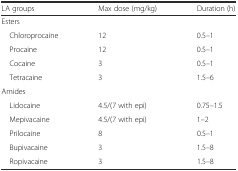
<table><thead><tr><td><b>LA groups</b></td><td><b>Max dose (mg/kg)</b></td><td><b>Duration (h)</b></td></tr></thead><tbody><tr><td colspan="3">Esters</td></tr><tr><td> Chloroprocaine</td><td>12</td><td>0.5–1</td></tr><tr><td> Procaine</td><td>12</td><td>0.5–1</td></tr><tr><td> Cocaine</td><td>3</td><td>0.5–1</td></tr><tr><td> Tetracaine</td><td>3</td><td>1.5–6</td></tr><tr><td colspan="3">Amides</td></tr><tr><td> Lidocaine</td><td>4.5/(7 with epi)</td><td>0.75–1.5</td></tr><tr><td> Mepivacaine</td><td>4.5/(7 with epi)</td><td>1–2</td></tr><tr><td> Prilocaine</td><td>8</td><td>0.5–1</td></tr><tr><td> Bupivacaine</td><td>3</td><td>1.5–8</td></tr><tr><td> Ropivacaine</td><td>3</td><td>1.5–8</td></tr></tbody></table>